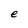
Character: e